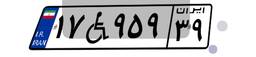
۱۷W۹۵۹۳۹